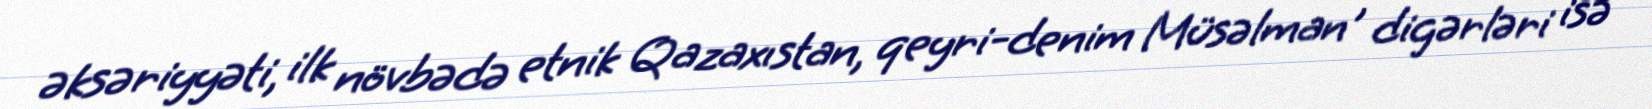
əksəriyyəti, ilk növbədə etnik Qazaxıstan, qeyri-denim Müsəlman , digərləri isə